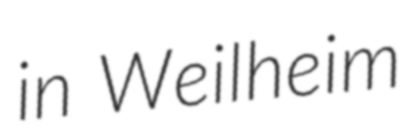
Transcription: in Weilheim